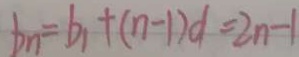
b _ { n } = b _ { 1 } + ( n - 1 ) d = 2 n - 1